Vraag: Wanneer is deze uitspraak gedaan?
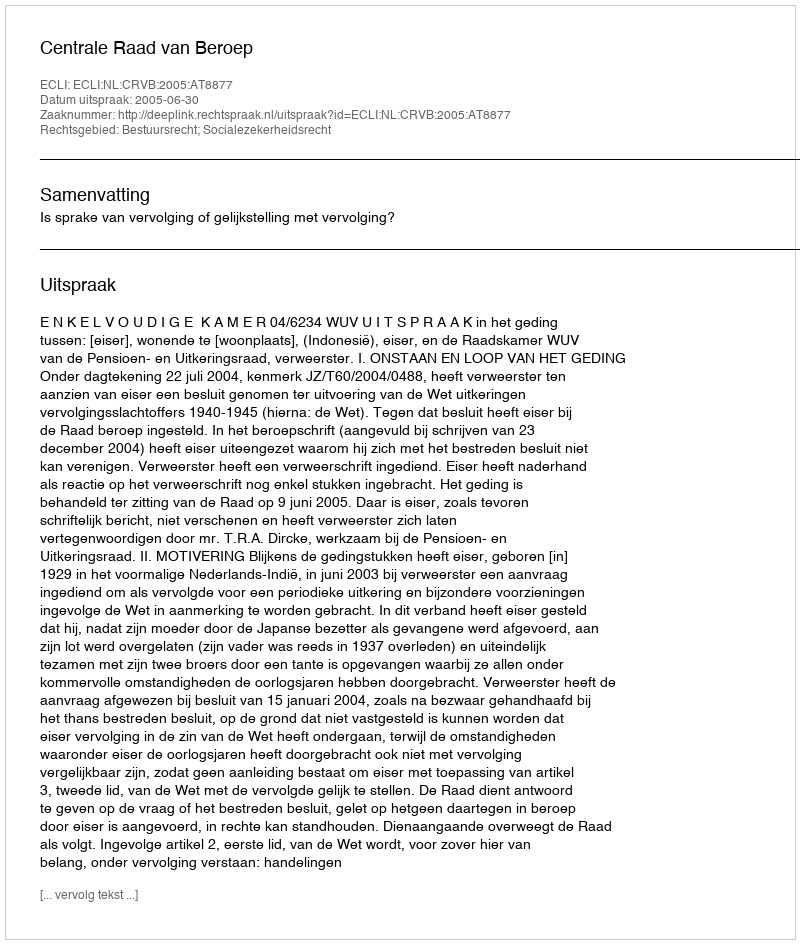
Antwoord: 2005-06-30